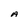
Character: A